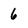
Character: 6